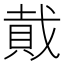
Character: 𮚂